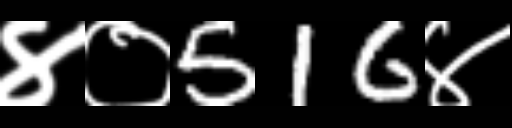
Text: ४०516४